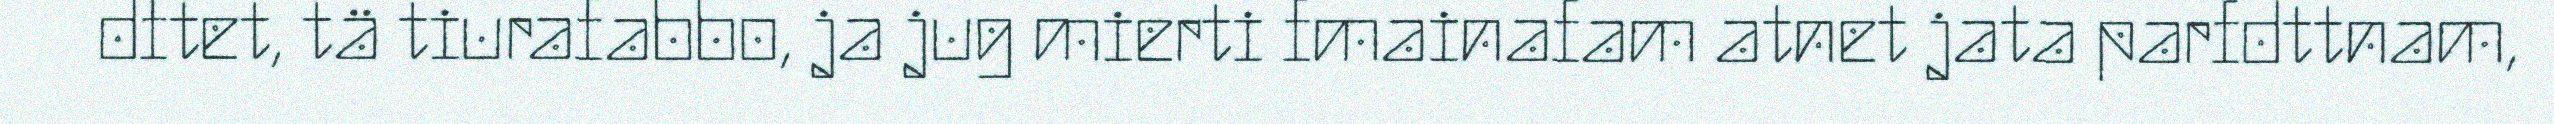
dftet, tä tiurafabbo, ja jug mierti fmainafam atnet jata parfdttnam,